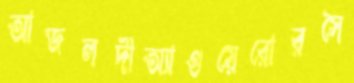
আজলদীঅ্যাগুয়েরোরসৈ